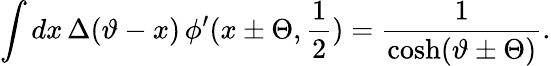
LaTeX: \displaystyle\int dx\, \Delta(\vartheta-x)\, \phi^{\prime}(x\pm\Theta,\displaystyle\frac{1}{2})=\displaystyle\frac{1}{\cosh(\vartheta\pm\Theta)}.